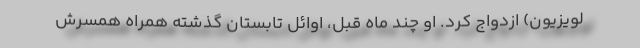
لویزیون) ازدواج کرد. او چند ماه قبل، اوائل تابستان گذشته همراه همسرش